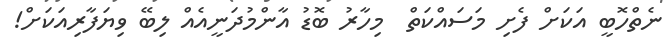
ނެތްހޮބީ އަކަށް ފެށި މަސައްކަތް  މިހާރު ބޮޑު އާންމުދަނީއެއް ލިބޭ ވިޔަފާރިއަކަށް!